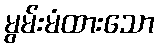
မွမ်းမံထားသော